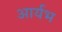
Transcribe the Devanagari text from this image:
आर्यभ